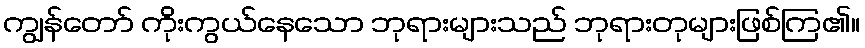
ကျွန်တော် ကိုးကွယ်နေသော ဘုရားများသည် ဘုရားတုများဖြစ်ကြ၏။